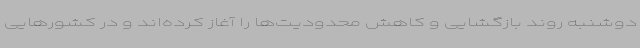
دوشنبه روند بازگشایی و کاهش محدودیت‌ها را آغاز کرده‌اند و در کشورهایی